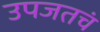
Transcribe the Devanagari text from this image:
उपजतचं